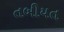
તબીયત